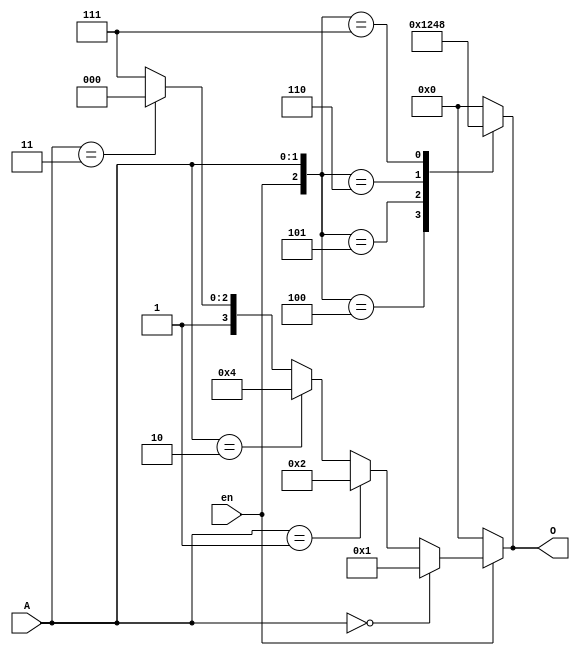
module decoder2to4
(
    input wire [1:0] A,
    input wire en,
    output reg [3:0] O
);

always @(*)
begin
    O = (en==1'b0)    ? 4'b0000 : 
        (A==2'b00)    ? 4'b0001 : 
        (A==2'b01)    ? 4'b0010 : 
        (A==2'b10)    ? 4'b0100 : 
        (A==2'b11)    ? 4'b1000 :
        4'b1111;    
end

// always @(*) 
// begin
//     if (en==1'b1)
//     begin
//         if (A==2'b00)
//                 O = 4'b0001;
//         else if (A==2'b01)
//                 O = 4'b0010;
//         else if (A==2'b10)
//                 O = 4'b0100;
//         else
//                 O = 4'b1000;
//     end
//     else
//         O = 4'b0000;
// end

always @(*) 
begin
    case({en,A})
        3'b100: O = 4'b0001;
        3'b101: O = 4'b0010;
        3'b110: O = 4'b0100;
        3'b111: O = 4'b1000;
        default: O = 4'b0000;
    endcase
end

endmodule